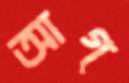
আগ্